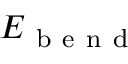
E _ { \mathrm { ~ b ~ e ~ n ~ d ~ } }